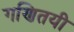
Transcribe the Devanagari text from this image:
गणितयी